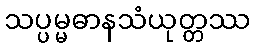
သပ္ပမ္မဓာနသံယုတ္တဿ